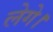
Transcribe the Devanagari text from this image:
लेगे।